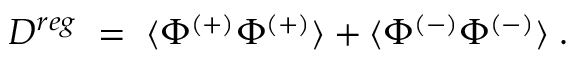
D ^ { r e g } \; = \; \langle \Phi ^ { ( + ) } \Phi ^ { ( + ) } \rangle + \langle \Phi ^ { ( - ) } \Phi ^ { ( - ) } \rangle \; .